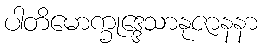
ပါတိမောက္ခုဒ္ဒေသာနုဇာနနာ